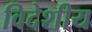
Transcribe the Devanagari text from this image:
विदेशीय